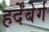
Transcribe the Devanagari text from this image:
हर्देंबेर्ग